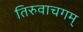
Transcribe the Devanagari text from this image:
तिरुवाचगम्‌